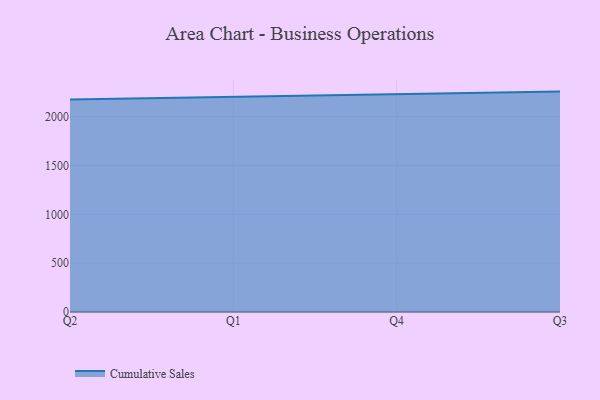
{"axis": {"x": "Quarter", "y": "Bounce Rate (%)"}, "legend": ["Cumulative Sales"], "data": [{"x": "Q2", "y": 2175.5, "type": "Cumulative Sales"}, {"x": "Q1", "y": 2203.1, "type": "Cumulative Sales"}, {"x": "Q4", "y": 2227.8, "type": "Cumulative Sales"}, {"x": "Q3", "y": 2256.2, "type": "Cumulative Sales"}]}